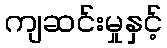
ကျဆင်းမှုနှင့်